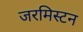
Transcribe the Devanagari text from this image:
जरमिस्टन